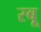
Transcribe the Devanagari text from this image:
रबू